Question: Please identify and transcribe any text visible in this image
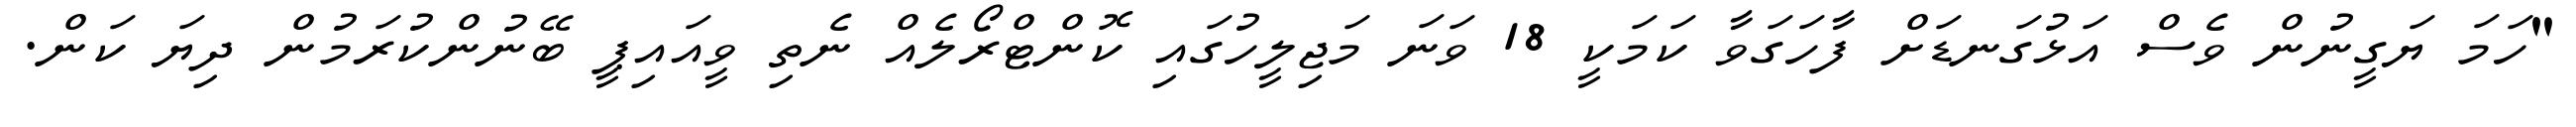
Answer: "ހަމަ ޔަގީނުން ވެސް އަޅުގަނޑަށް ފާހަގަވާ ކަމަކީ 18 ވަނަ މަޖިލީހުގައި ކޮންޓްރޯލެއް ނެތި ވީއައިޕީ ބޭނުންކުރަމުން ދިޔަ ކަން.